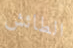
الطائش